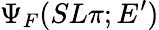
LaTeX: \Psi_{F}(SL\pi;E^{\prime})